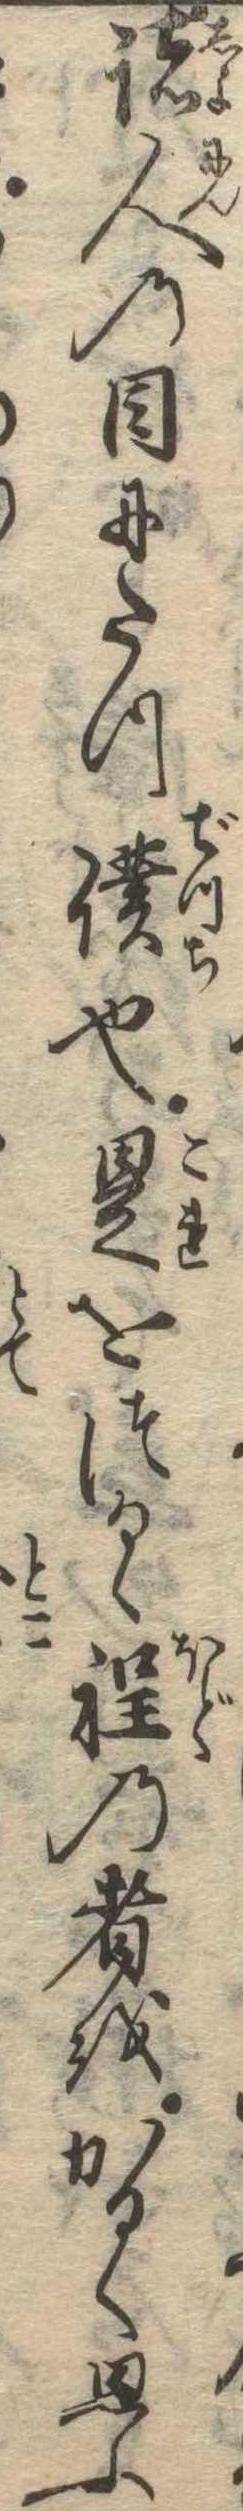
諸人の目にたつ僕也是をつるゝ程の者をかるく思ふ